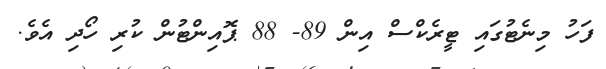
ފަހު މިނެޓުގައި ޓީރެކްސް އިން 89- 88 ޕޮއިންޓުން ކުރި ހޯދި އެވެ.